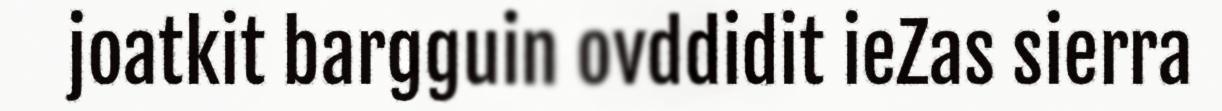
joatkit bargguin ovddidit ieZas sierra